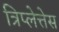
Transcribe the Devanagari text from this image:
त्रिप्लेत्तेस